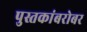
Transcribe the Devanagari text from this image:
पुस्तकांबरोबर